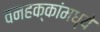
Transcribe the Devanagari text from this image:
वनहक्कांमध्ये